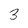
Character: 3